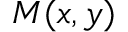
M ( x , y )